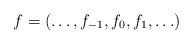
LaTeX: \begin{gather*}f=(\ldots, f_{-1},f_0,f_1,\ldots)\end{gather*}